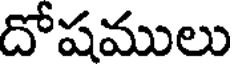
దోషములు